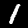
Label: 1